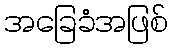
အခြေခံအဖြစ်